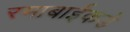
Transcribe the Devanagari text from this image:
रमाबाईकडे